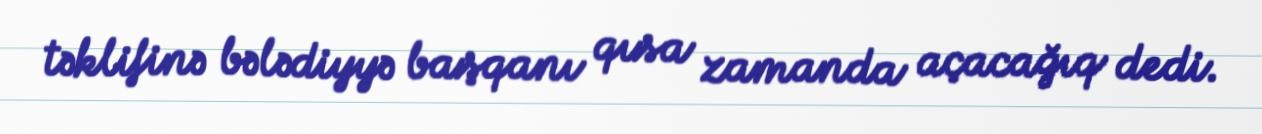
təklifinə bələdiyyə başqanı qısa zamanda açacağıq dedi.